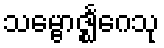
သမ္ဗောဇ္ဈင်္ဂေသု